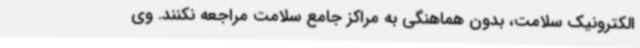
الکترونیک سلامت، بدون هماهنگی به مراکز جامع سلامت مراجعه نکنند. وی